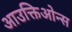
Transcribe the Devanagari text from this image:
आउक्तिओन्स